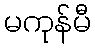
မကုန်မီ